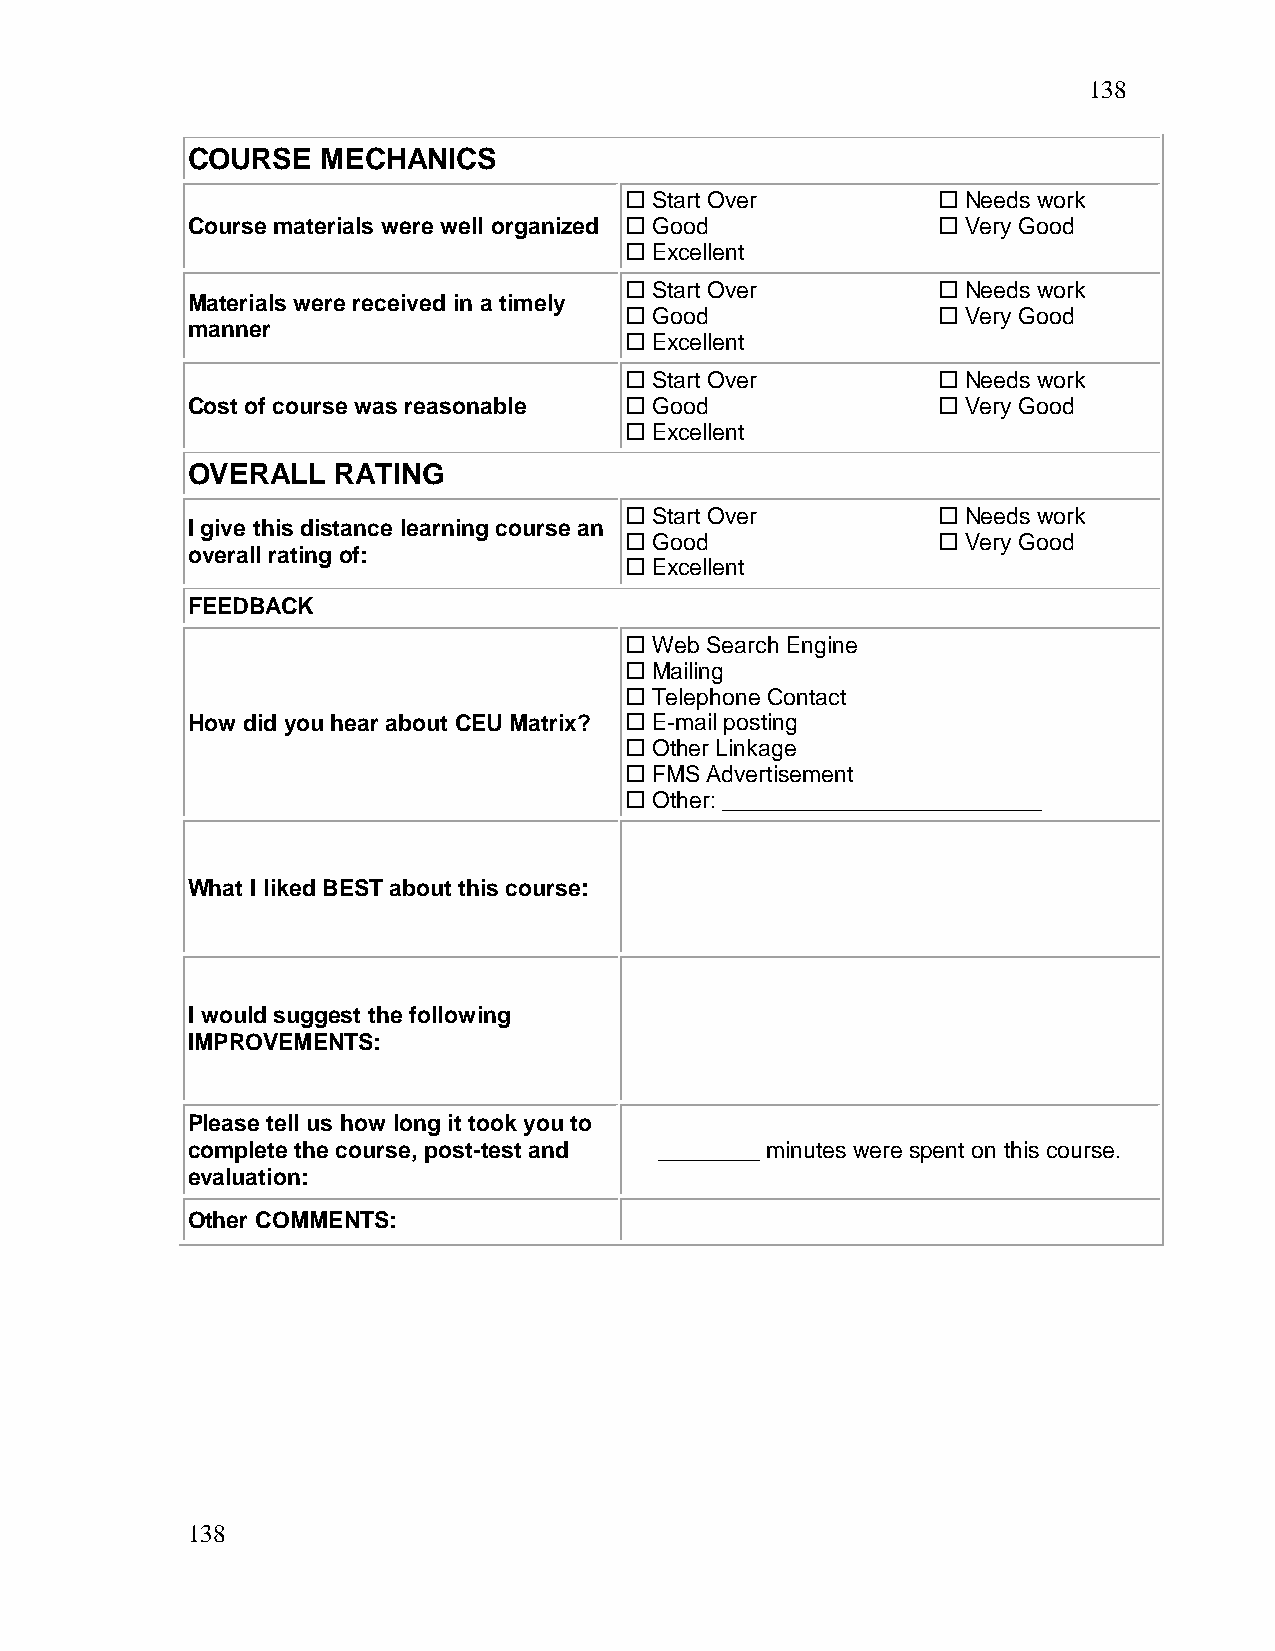
138
 COURSE   MECHANICS
  Start Over          Needs work
 Course materials were well organized  Good        Very Good
  Excellent
  Start Over          Needs work
 Materials were received in a timely
  Good                Very Good
 manner
  Excellent
  Start Over          Needs work
 Cost of course was reasonable  Good               Very Good
  Excellent
 OVERALL   RATING
  Start Over          Needs work
 I give this distance learning course an
  Good                Very Good
 overall rating of:
  Excellent
 FEEDBACK
  Web Search Engine
  Mailing
  Telephone Contact
 How did you hear about CEU Matrix?  E-mail posting
  Other Linkage
  FMS Advertisement
  Other: _________________________
 What I liked BEST about this course:
 I would suggest the following
 IMPROVEMENTS:
 Please tell us how long it took you to
 complete the course, post-test and ________ minutes were spent on this course.
 evaluation:
 Other COMMENTS:
 138